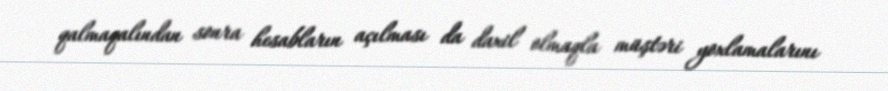
qalmaqalından sonra hesabların açılması da daxil olmaqla müştəri yoxlamalarını